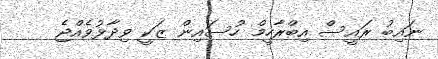
ނައިބު ރައީސް އިބްރާހީމް ހުސައިން ޒަކީ ވިދާޅުވެއްޖެ